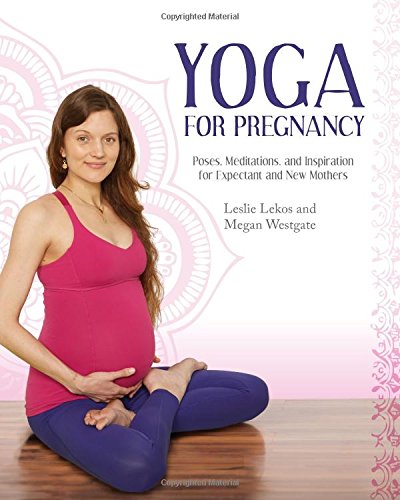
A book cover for Yoga For Pregnancy: Poses, Meditations, and Inspiration for Expectant and New Mothers; Leslie Lekos; Health, Fitness & Dieting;